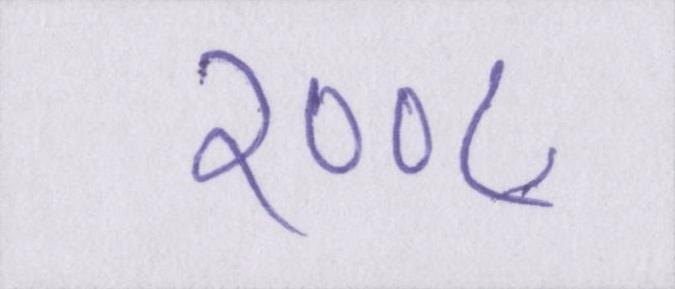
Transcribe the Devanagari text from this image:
२००८